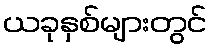
ယခုနှစ်များတွင်